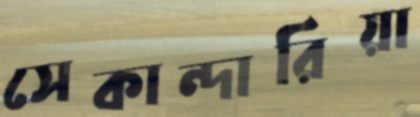
সেকান্দারিয়া